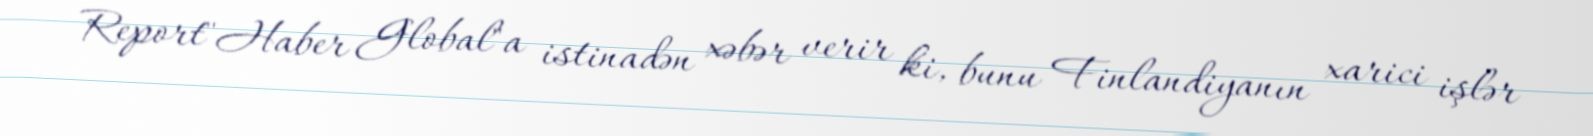
Report"Haber Global"a istinadən xəbər verir ki, bunu Finlandiyanın xarici işlər